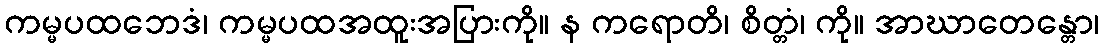
ကမ္မပထဘေဒံ၊ ကမ္မပထအထူးအပြားကို။ န ကရောတိ၊ စိတ္တံ၊ ကို။ အာဃာတေန္တော၊